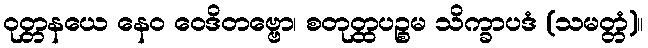
ဝုတ္တနယေ နေဝ ဝေဒိတဗ္ဗော၊ စတုတ္ထပဉ္စမ သိက္ခာပဒံ (သမတ္တံ)။